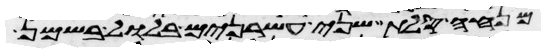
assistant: מנחה סלת שני עשרנים בלול בשמן